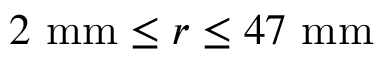
2 \ \mathrm { m m } \le r \le 4 7 \ \mathrm { m m }